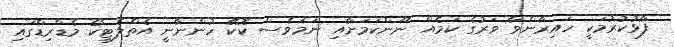
ފާޅުކުރުމަކީ ހައިރާންވާ ވަރުގެ ކަމެއް ނޫންކަމަށާއި ނަމަވެސް ކޮކޭ ހުންނާނީ އެތްލެޓިކޯ މެޑްރިޑްގައި